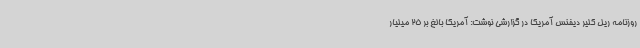
روزنامه ریل کلیر دیفنس آمریکا در گزارشی نوشت: آمریکا بالغ بر 25 میلیار